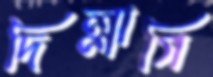
দিল্লাগি